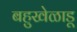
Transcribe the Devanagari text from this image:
बहुखेळाडू